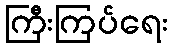
ကြီးကြပ်ရေး